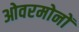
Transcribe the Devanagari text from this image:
ओवरमोनों